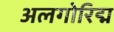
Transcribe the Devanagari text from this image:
अलगोरिद्म